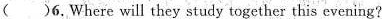
( )6.Where will they study together this evening?